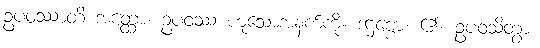
ဥပဝဿာတိ အတ္ထော၊ ဥပဝဿ ဟူသောအနက်ကို။ ဒဋ္ဌဗ္ဗော၊ ၏။ ဥပဝသိတွာ၊